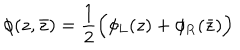
LaTeX: \phi ( z , \bar { z } ) = \frac { 1 } { 2 } \Big ( \phi _ { \mathrm { L } } ( z ) + \phi _ { \mathrm { R } } ( \bar { z } ) \Big )